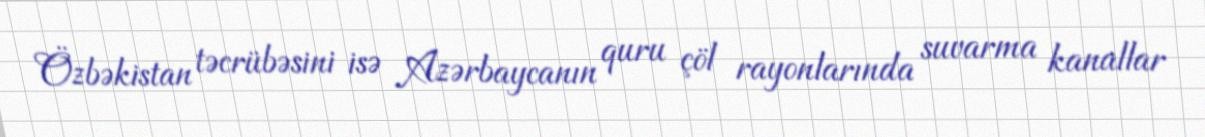
Özbəkistan təcrübəsini isə Azərbaycanın quru çöl rayonlarında suvarma kanallar